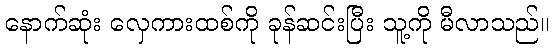
နောက်ဆုံး လှေကားထစ်ကို ခုန်ဆင်းပြီး သူ့ကို မီလာသည်။